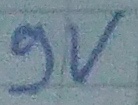
Text: 9v